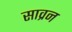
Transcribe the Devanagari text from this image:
साव्रन